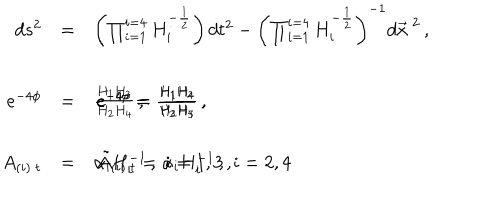
\begin{array} { r c l } { { d s ^ { 2 } } } & { { = } } & { { \left( \prod _ { i = 1 } ^ { i = 4 } H _ { i } ^ { - \frac { 1 } { 2 } } \right) d t ^ { 2 } - \left( \prod _ { i = 1 } ^ { i = 4 } H _ { i } ^ { - \frac { 1 } { 2 } } \right) ^ { - 1 } d \vec { x } ^ { \ 2 } \, , } } \\ { { } } & { { } } & { { } } \\ { { e ^ { - 4 \phi } } } & { { = } } & { { \frac { H _ { 1 } H _ { 3 } } { H _ { 2 } H _ { 4 } } \, , \hspace { 1 c m } e ^ { - 4 \sigma } = \frac { H _ { 1 } H _ { 4 } } { H _ { 2 } H _ { 3 } } \, , \hspace { 1 c m } e ^ { - 4 \rho } = \frac { H _ { 1 } H _ { 2 } } { H _ { 3 } H _ { 4 } } \, , } } \\ { { } } & { { } } & { { } } \\ { { A _ { ( i ) \ t } } } & { { = } } & { { \alpha _ { i } H _ { i } ^ { - 1 } \, , \, \, i = 1 , 3 \, , \hspace { . 5 c m } \tilde { A } _ { ( i ) \ t } = \alpha _ { i } H _ { i } ^ { - 1 } \, , \, \, i = 2 , 4 \, } } \\ \end{array}